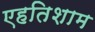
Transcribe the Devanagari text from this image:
एहतिशाम